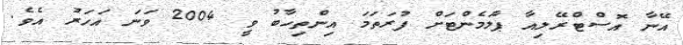
އޭނާ އޮސްޓްރޭލިއާ ޕާލަމެންޓަށް ފުރަތަމަ އިންތިހާބު ވީ 2004 ވަނަ އަހަރު އެވެ.